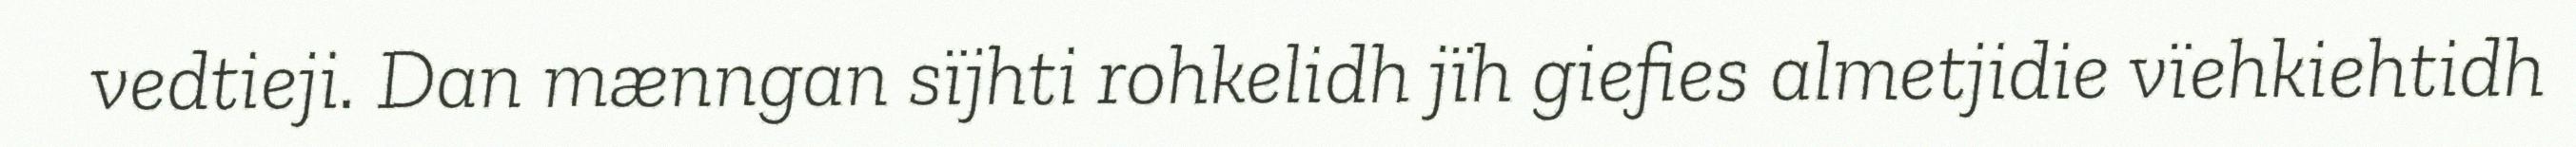
vedtieji. Dan mænngan sïjhti rohkelidh jïh giefies almetjidie vïehkiehtidh